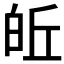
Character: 𪽽